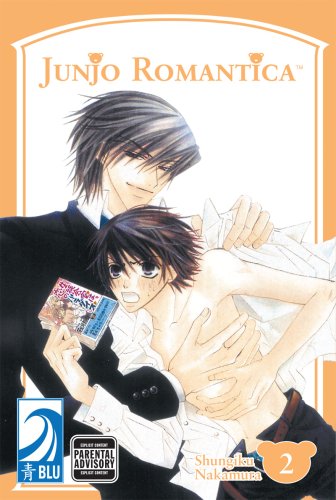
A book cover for JUNJO ROMANTICA Volume 2: (Yaoi) (v. 2); Shungiku Nakamura; Comics & Graphic Novels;